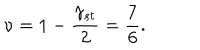
LaTeX: \nu = 1 - \frac { \gamma _ { s t } } { 2 } = \frac { 7 } { 6 } .